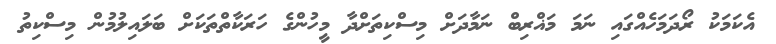
އެކަމަކު ރޯދަމަހެއްގައި ނަމަ މަޣްރިބް ނަމާދަށް މިސްކިތަށްދާ މީހުންގެ ހަރަކާތްތަކަށް ބަލައިލުމުން މިސްކިތު